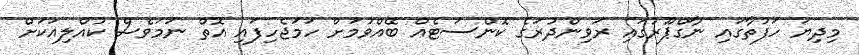
މިދިޔަ ހަފުތާގައި ނާގްޕޫރުގައި ރަވިންދުރަގެ ކޮންސަޓެއް ބޭއްވުމަށް ހަމަޖެހިފައި އޮތް ނަމަވެސް ކުއްލިއަކަށް